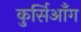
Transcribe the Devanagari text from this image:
कुर्सिआँग